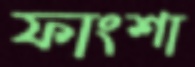
ফাংশা